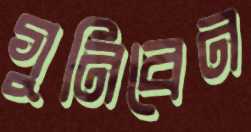
গুনিবেন